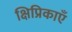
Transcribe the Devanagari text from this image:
क्षिप्रिकाएँ